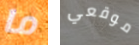
ما موقعي